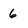
Character: 6